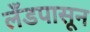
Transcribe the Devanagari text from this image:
लँडपासून